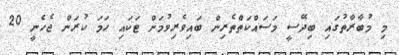
މި މުބާރާތުގައި ބިދޭސީ މަސައްކަތްތެރިން ބައިވެރިވުމަށް ޓަކައި ހަމަ ކުރަން ޖެހެނީ 20